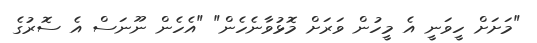
"މަށަށް ހީވަނީ އެ މީހުން ވަރަށް މޮޅުވާނެހެން" "އެހެން ނޫނަސް އެ ސޮރުގެ